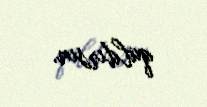
qaldırsın.